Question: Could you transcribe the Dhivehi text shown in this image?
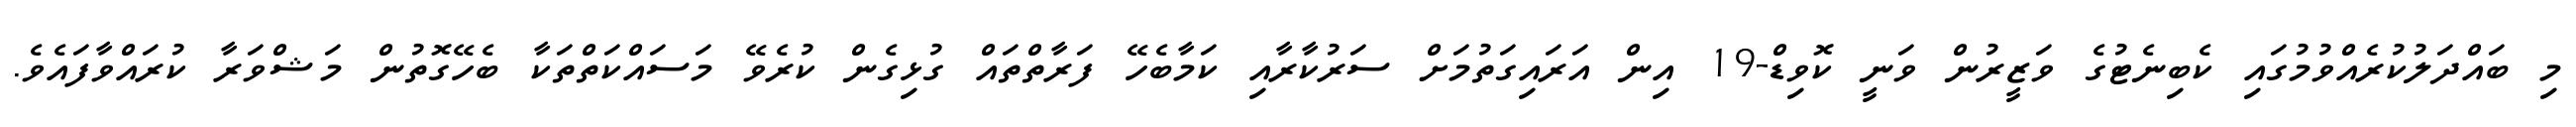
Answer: މި ބައްދަލުކުރެއްވުމުގައި ކެބިނެޓުގެ ވަޒީރުން ވަނީ ކޮވިޑް-19 އިން އަރައިގަތުމަށް ސަރުކާރާއި ކަމާބެހޭ ފަރާތްތައް ގުޅިގެން ކުރެވޭ މަސައްކަތްތަކާ ބެހޭގޮތުން މަޝްވަރާ ކުރައްވާފައެވެ.